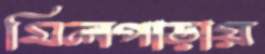
মিলপাড়ায়